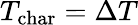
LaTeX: T_{\textrm{char}}=\Delta T